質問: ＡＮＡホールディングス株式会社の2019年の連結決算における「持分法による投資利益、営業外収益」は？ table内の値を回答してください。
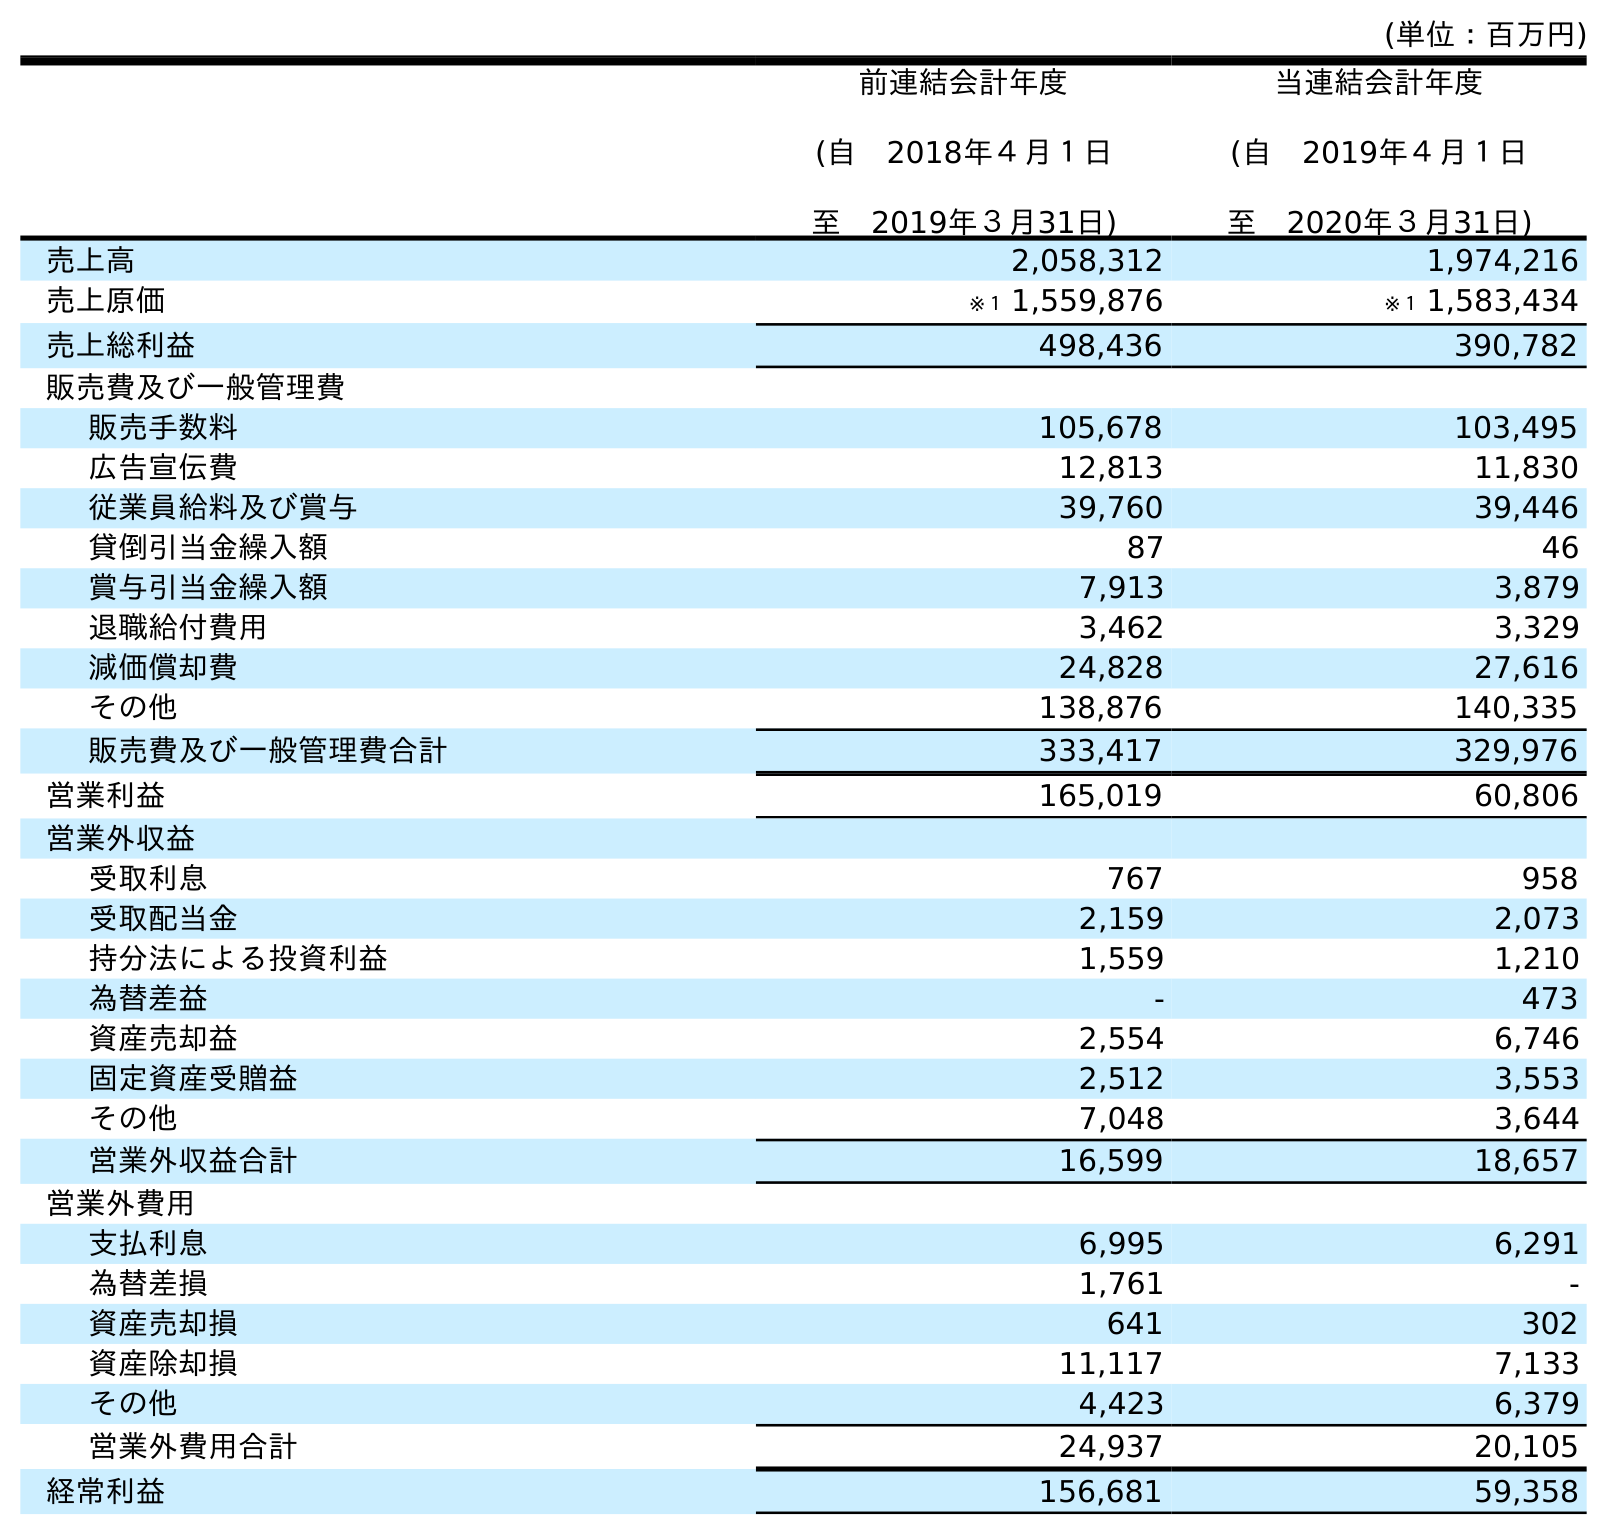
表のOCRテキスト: (単位：百万円) 前連結会計年度 (自 2018年４月１日 至 2019年３月31日) 当連結会計年度 (自 2019年４月１日 至 2020年３月31日) 売上高 2,058,312 1,974,216 売上原価 ※１ 1,559,876 ※１ 1,583,434 売上総利益 498,436 390,782 販売費及び一般管理費 販売手数料 105,678 103,495 広告宣伝費 12,813 11,830 従業員給料及び賞与 39,760 39,446 貸倒引当金繰入額 87 46 賞与引当金繰入額 7,913 3,879 退職給付費用 3,462 3,329 減価償却費 24,828 27,616 その他 138,876 140,335 販売費及び一般管理費合計 333,417 329,976 営業利益 165,019 60,806 営業外収益 受取利息 767 958 受取配当金 2,159 2,073 持分法による投資利益 1,559 1,210 為替差益 - 473 資産売却益 2,554 6,746 固定資産受贈益 2,512 3,553 その他 7,048 3,644 営業外収益合計 16,599 18,657 営業外費用 支払利息 6,995 6,291 為替差損 1,761 - 資産売却損 641 302 資産除却損 11,117 7,133 その他 4,423 6,379 営業外費用合計 24,937 20,105 経常利益 156,681 59,358
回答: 1,559